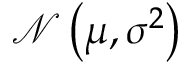
\mathcal { N } \left( \mu , \sigma ^ { 2 } \right)